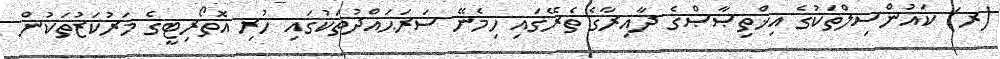
(ރ) ކައުންސިލްތަކުގެ އިޚްތިޞާޞްގެ ދާއިރާގެ ތެރޭގައި ހިމެނޭ ސަރަޙައްދުތަކުގައި ހުރި އޮތޯރިޓީގެ މަރުކަޒުތަކުން